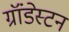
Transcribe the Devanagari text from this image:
ग्रॉंडेस्टन